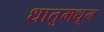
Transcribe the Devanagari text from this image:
धातुमधून